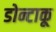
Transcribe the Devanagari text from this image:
डोन्टाकू